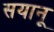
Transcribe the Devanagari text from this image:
सयानू